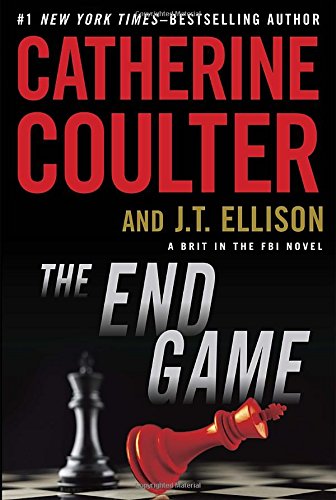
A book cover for The End Game: Brit in the FBI (A Brit in the FBI); Catherine Coulter; Mystery, Thriller & Suspense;